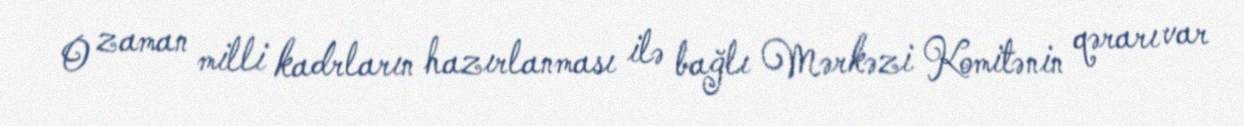
O zaman milli kadrların hazırlanması ilə bağlı Mərkəzi Komitənin qərarı var